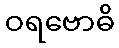
ဝရဗောဓိ